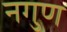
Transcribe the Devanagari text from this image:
नगुण